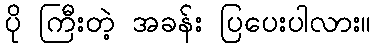
ပို ကြီးတဲ့ အခန်း ပြပေးပါလား။